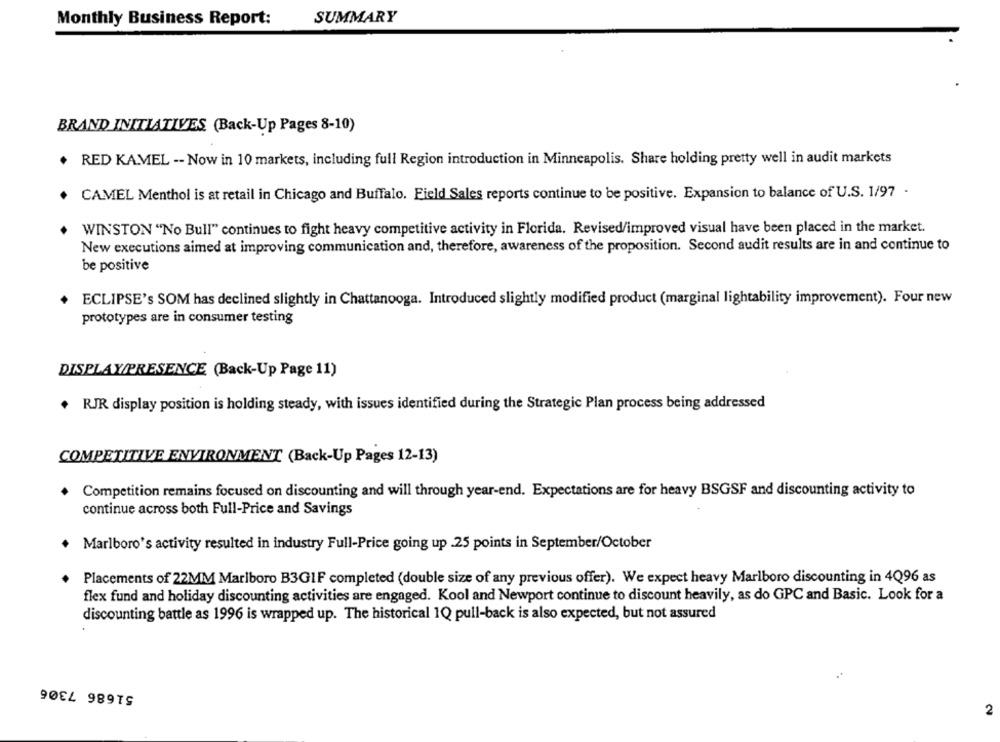
Monthly Business Report:
SUMMARY
BRAND INITIATIVES (Back-Up Pages 8-10)
RED KAMEL -- Now in 10 markets, including full Region introduction in Minneapolis. Share holding pretty well in audit markets
CAMEL Menthol is at retail in Chicago and Buffalo. Field Sales reports continue to be positive. Expansion to balance of U.S. 1/97 -
WINSTON "No Bull" continues to fight heavy competitive activity in Florida. Revised/improved visual have been placed in the market.
New executions aimed at improving communication and, therefore, awareness of the proposition. Second audit results are in and continue to
be positive
ECLIPSE's SOM has declined slightly in Chattanooga. Introduced slightly modified product (marginal lightability improvement). Four new
prototypes are in consumer testing
DISPLAY/PRESENCE (Back-Up Page 11)
. RJR display position is holding steady, with issues identified during the Strategic Plan process being addressed
COMPETITIVE ENVIRONMENT (Back-Up Pages 12-13)
Competition remains focused on discounting and will through year-end. Expectations are for heavy BSGSF and discounting activity to
continue across both Full-Price and Savings
. Marlboro's activity resulted in industry Full-Price going up .25 points in September/October
Placements of 22MM Marlboro B3GIF completed (double size of any previous offer). We expect heavy Marlboro discounting in 4Q96 as
flex fund and holiday discounting activities are engaged. Kool and Newport continue to discount heavily, as do GPC and Basic. Look for a
discounting battle as 1996 is wrapped up. The historical 1Q pull-back is also expected, but not assured
51686 7306
2